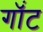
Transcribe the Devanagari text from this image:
गॉंट